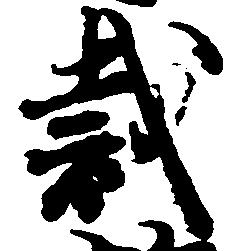
裁